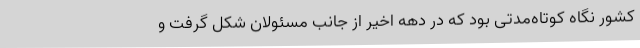
کشور نگاه کوتاه‌مدتی بود که در دهه اخیر از جانب مسئولان شکل گرفت و